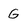
Character: G